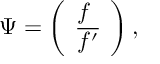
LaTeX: \Psi = \left( \begin{array} { l } { { f } } \\ { { \overline { { { f ^ { \prime } } } } } } \end{array} \right) ,